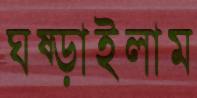
ঘষ্‌ড়াইলাম